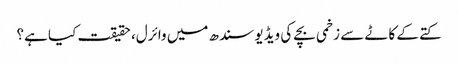
کتے کے کاٹے سے زخمی بچے کی ویڈیو سندھ میں وائرل، حقیقت کیا ہے؟